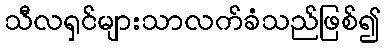
သီလရှင်များသာလက်ခံသည်ဖြစ်၍